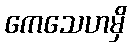
ကေသေဟမှိ